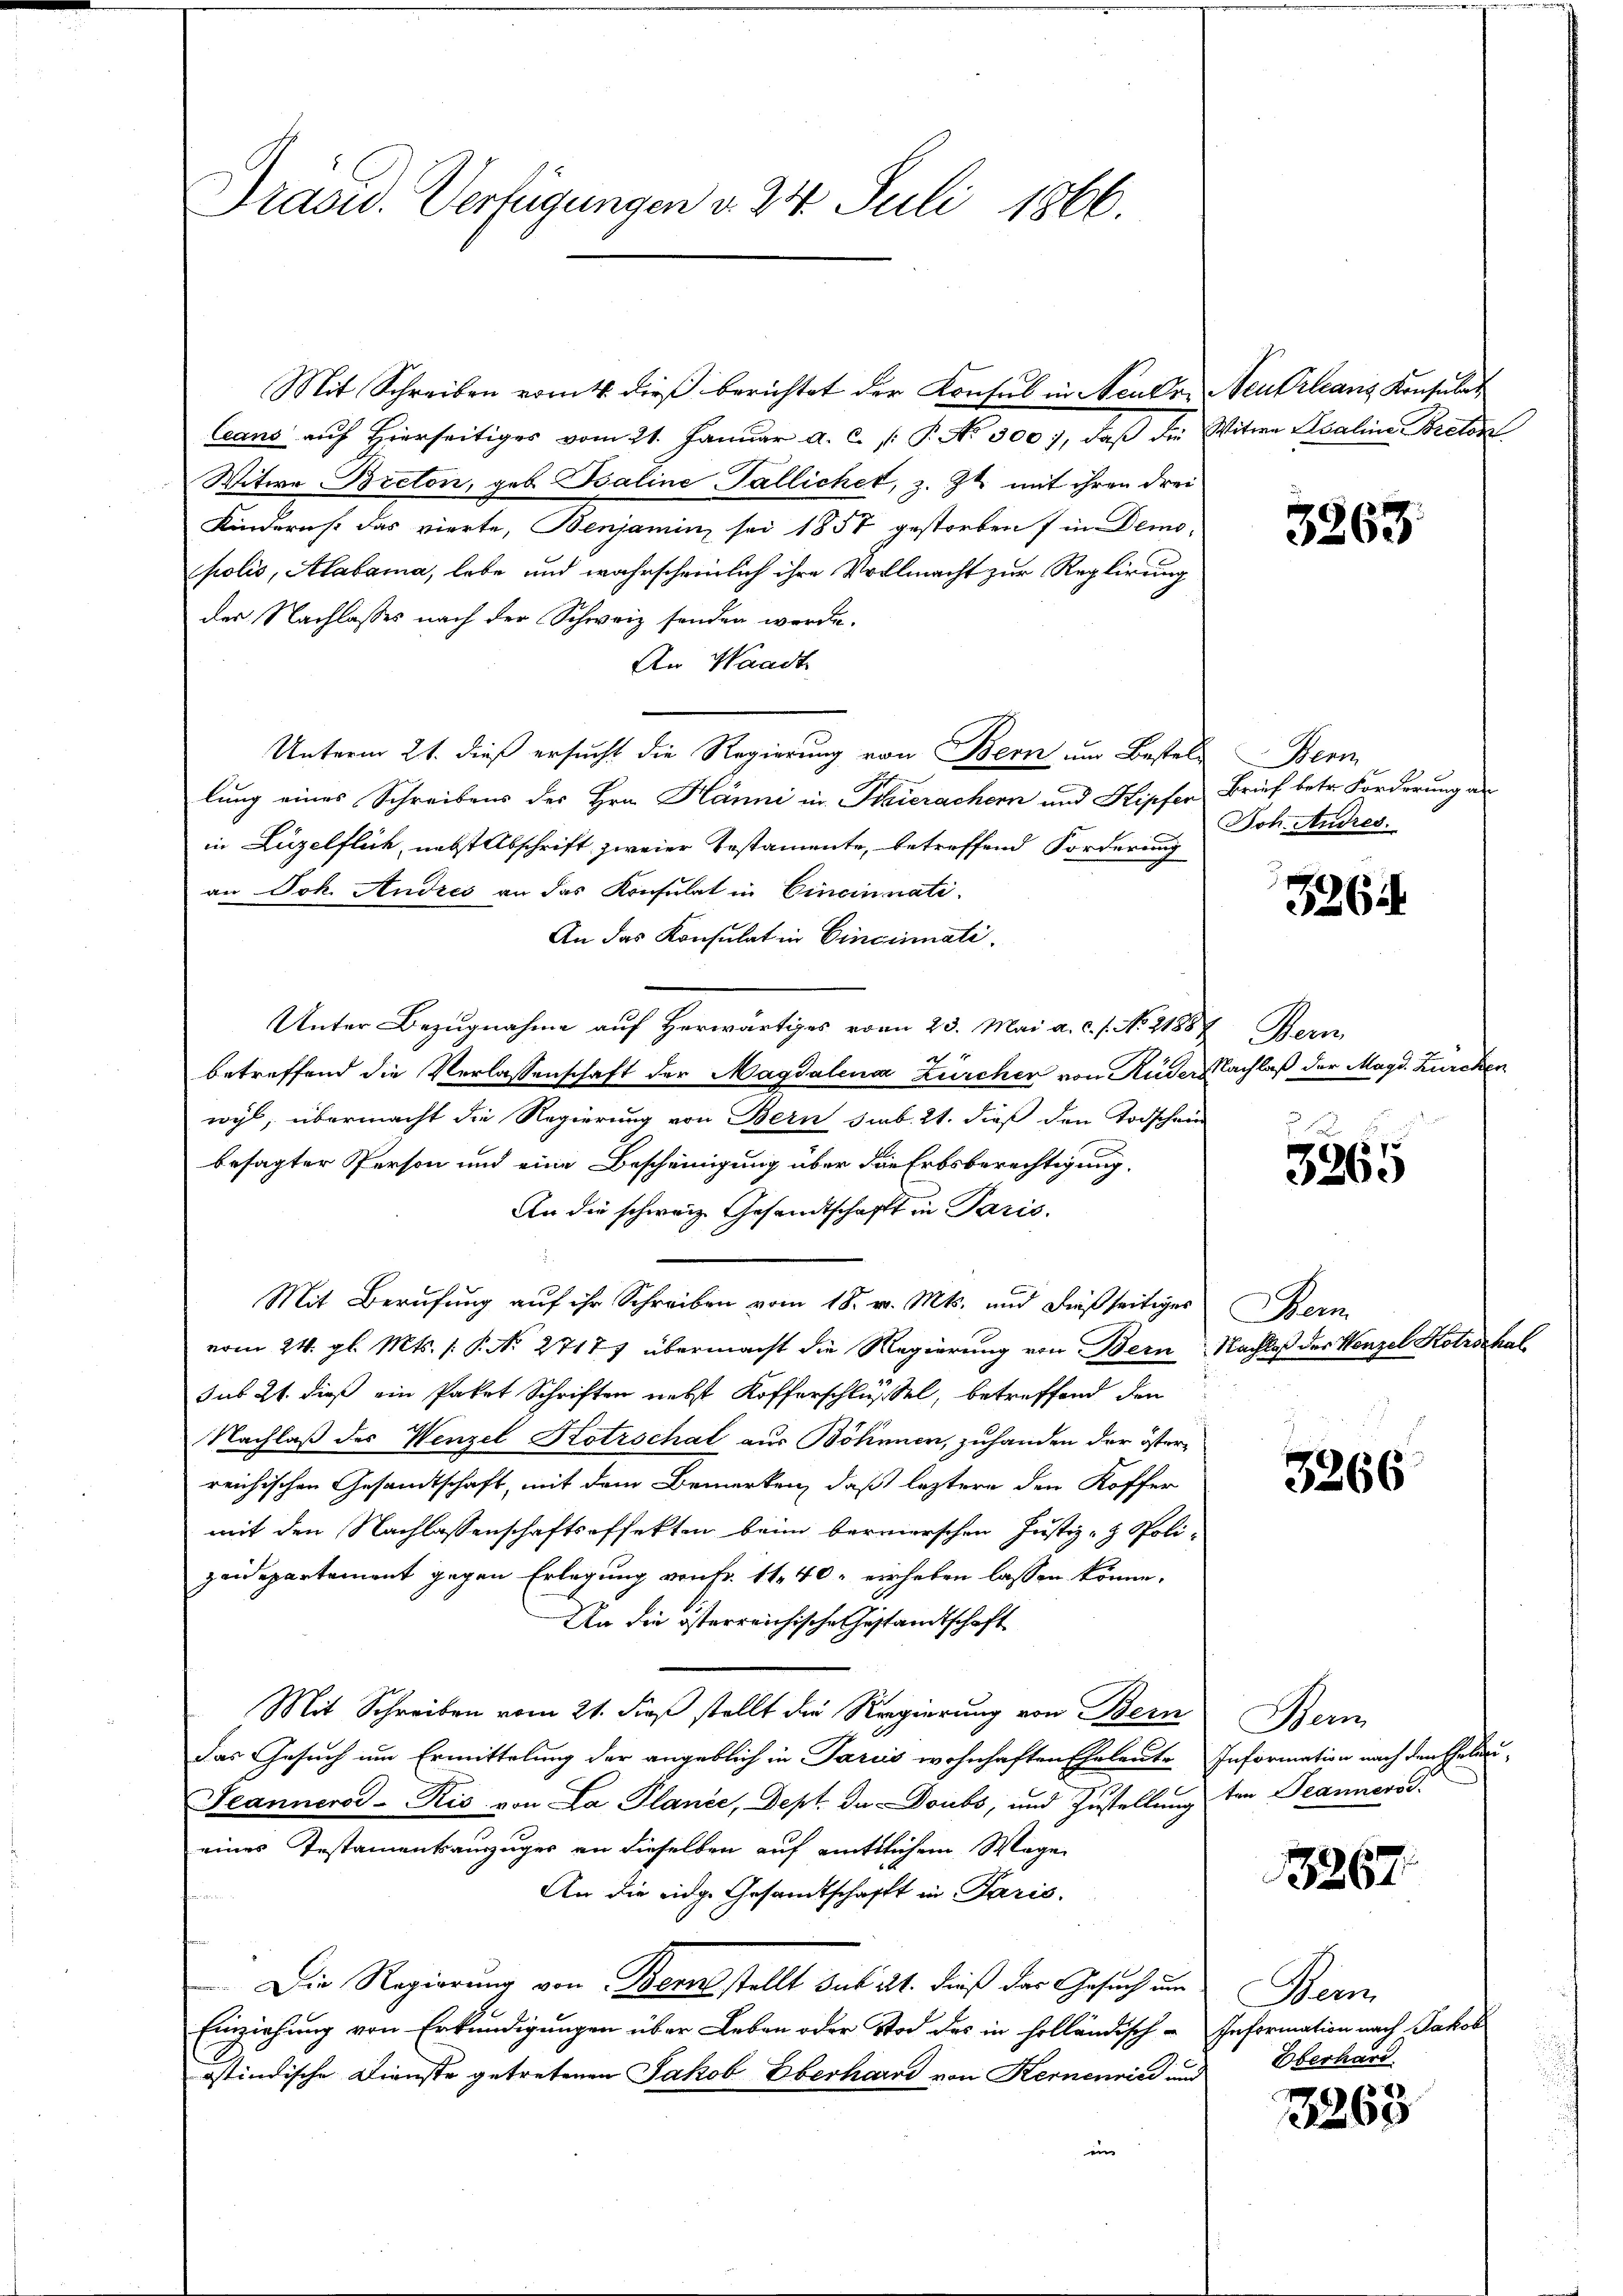
Drasid. Verfügungen v. 24. Juli 1866.

Mit Schreiben vom 4. dieβ berichtet der Konsul in Neukr. Neukrleans Konsulat
Ceans auf Hierseitiges vom 21. Januar a. c. /: P. No. 300, daβ die Witwe Saaline Brets
Witwe Breton, geb. Baline Pallichet, z. Zt. mit ihren drei
Kindern s. das vierte, Benjamin sei 1857 gestorben in Demo-
polis, Alabama, lebe und wahrscheinlich ihre Vollmacht zur Replirung
der Nachlasses nach der Schweiz senden werde.
An Waadt
Unterm 21. dieß ersucht die Regierung von Bern um Bestel- Bern
lung eines Schreibens des Hrn. Hänni in Hauerachern und Kipfer Brief betr. Forderung an
in Luzelflich, nebst Abschrift zweier Erstamente, betreffend Forderung
an Joh. Andres an das Konsulat in Cincinnati
An das Konsulat in Cincinati
Unter Bezugnahme auf herwärtiges vom 23. Mai a. c. s. No. 21887, Bern
betreffend die Verlassenschaft der Magdalena Zürcher von Ruders Nachlaß der Magd. Zürchen
wyl, übermacht die Regierung von Bern sieb. 21. dieß den Todschein
besagter Person und eine Bescheinigung über die Erbsberechtigung.
An die schweiz. Gesandtschaft in Paris.
Mit Berufung auf ihr Schreiben vom 18. v. Mts. und dießseitiger Bern
vom 24. gl. Mts. 1. P. No 27177 übermacht die Regierung von Bern Nachlaß der Wenzel Kotrschal
sub 21. dieß ein Paket Schriften nebst Kofferschlüssel, betreffend den
Nachlaß des Wenzel Kotrschal aus Böhnnen, zuhanden der österreichischen Gesandtschaft, mit dem Bemerken, daß letztere den Koffer
mit den Nachlassenschaftseffekten beim bereierschen Justiz- & Polizeidepartement gegen Erlegung von fr. 11, 40 erheben lassen könne.
An die österreichische Gestandtschaft
Mit Schreiben vom 21. dieß stellt die Regierung von Bern
das Gesuch um Ermittelung der angeblich in Pariis wohnhaften Eheleute Information nach den Eheler-
Jeannerss-Rić von La Plance, Dept. da Doubs, und Zustellung ten Teanners
eines Testamentsauszuges an dieselben auf mittlichem Wege
An die eidge Gesandtschafft in Paris.
Die Regierung von Berns stellt sub 21. dieß der Gesuch um
Einziehung von Erkundigungen über Leben oder Stod des in holländisch - Information nach Jakob
ostindische Dienste getretenen Jakob Eberhard von Kernennin und
ei

3263

Joh. Andres.

3264

127
326.

3266

Bern

3267

Gen
Oberhard

3263